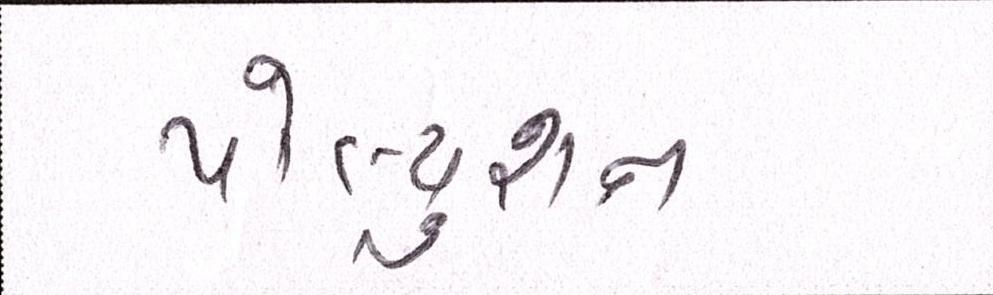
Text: પોલ્યુશન